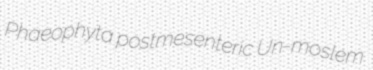
Phaeophyta postmesenteric Un-moslem